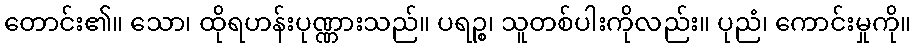
တောင်း၏။ သော၊ ထိုရဟန်းပုဏ္ဏားသည်။ ပရဉ္စ၊ သူတစ်ပါးကိုလည်း။ ပုညံ၊ ကောင်းမှုကို။